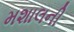
મશાલની